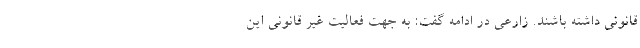
قانونی داشته باشند. زارعی در ادامه گفت: به جهت فعالیت غیر قانونی این